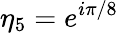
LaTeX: \eta_{5}=e^{i\pi/8}